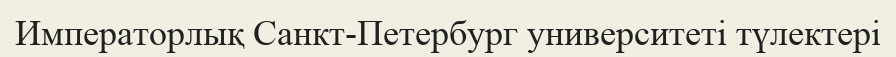
Императорлық Санкт-Петербург университеті түлектері